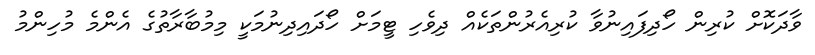
ވާދަކޮށް ކުރިން ހޯދިފައިނުވާ ކުރިއެރުންތަކެއް ދިވެހި ޓީމަށް ހޯދައިދިނުމަކީ މިމުބާރާތުގެ އެންމެ މުހިންމު